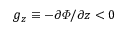
g _ { z } \equiv - \partial \varPhi / \partial z < 0